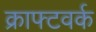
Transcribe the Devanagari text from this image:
क्राफ्टवर्क